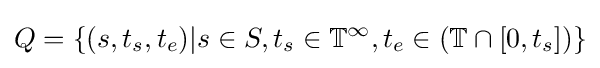
Q=\{(s,t_{s},t_{e})|s\in S,t_{s}\in \mathbb {T} ^{\infty },t_{e}\in (\mathbb {T} \cap [0,t_{s}])\}